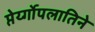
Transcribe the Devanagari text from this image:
प्तेर्य्गोपलातिने